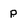
Character: P